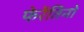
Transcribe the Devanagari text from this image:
फेरेंतिनो